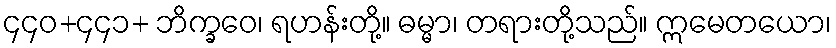
၄၄၀+၄၄၁+ ဘိက္ခဝေ၊ ရဟန်းတို့။ ဓမ္မာ၊ တရားတို့သည်။ ဣမေတယော၊